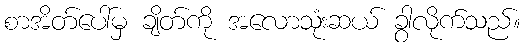
စာအိတ်ပေါ်မှ ချိတ်ကို အလောသုံးဆယ် ခွာလိုက်သည်။